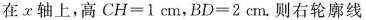
在x轴上，高$$CH=1cm$$，$$BD=2cm$$.则右轮廓线